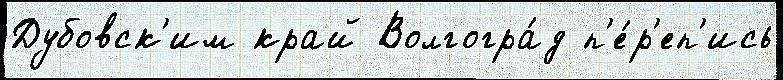
Дубовск'им край Волгогра́д п'е́р'еп'ись